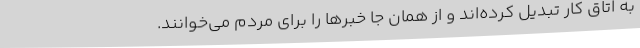
به اتاق کار تبدیل کرده‌اند و از همان جا خبرها را برای مردم می‌خوانند.